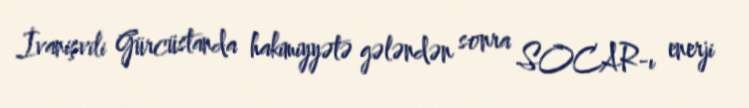
İvanişvili Gürcüstanda hakimiyyətə gələndən sonra SOCAR-ı enerji